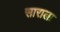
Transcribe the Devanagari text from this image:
साराला